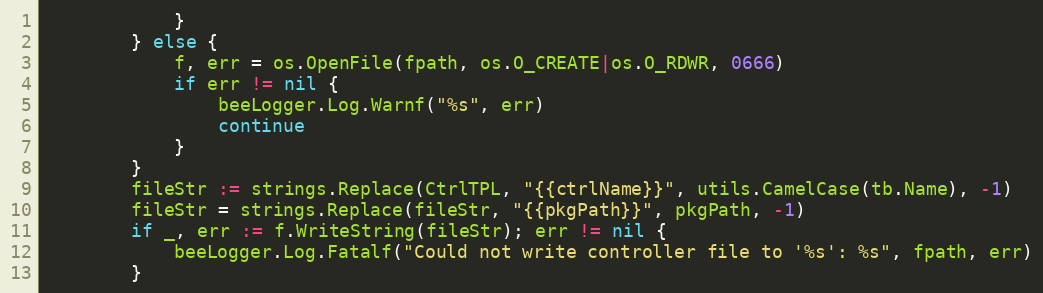
Language: Go
			}
		} else {
			f, err = os.OpenFile(fpath, os.O_CREATE|os.O_RDWR, 0666)
			if err != nil {
				beeLogger.Log.Warnf("%s", err)
				continue
			}
		}
		fileStr := strings.Replace(CtrlTPL, "{{ctrlName}}", utils.CamelCase(tb.Name), -1)
		fileStr = strings.Replace(fileStr, "{{pkgPath}}", pkgPath, -1)
		if _, err := f.WriteString(fileStr); err != nil {
			beeLogger.Log.Fatalf("Could not write controller file to '%s': %s", fpath, err)
		}